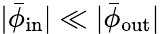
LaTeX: |\bar{\phi}_{\mathrm{in}}|\ll|\bar{\phi}_{\mathrm{out}}|